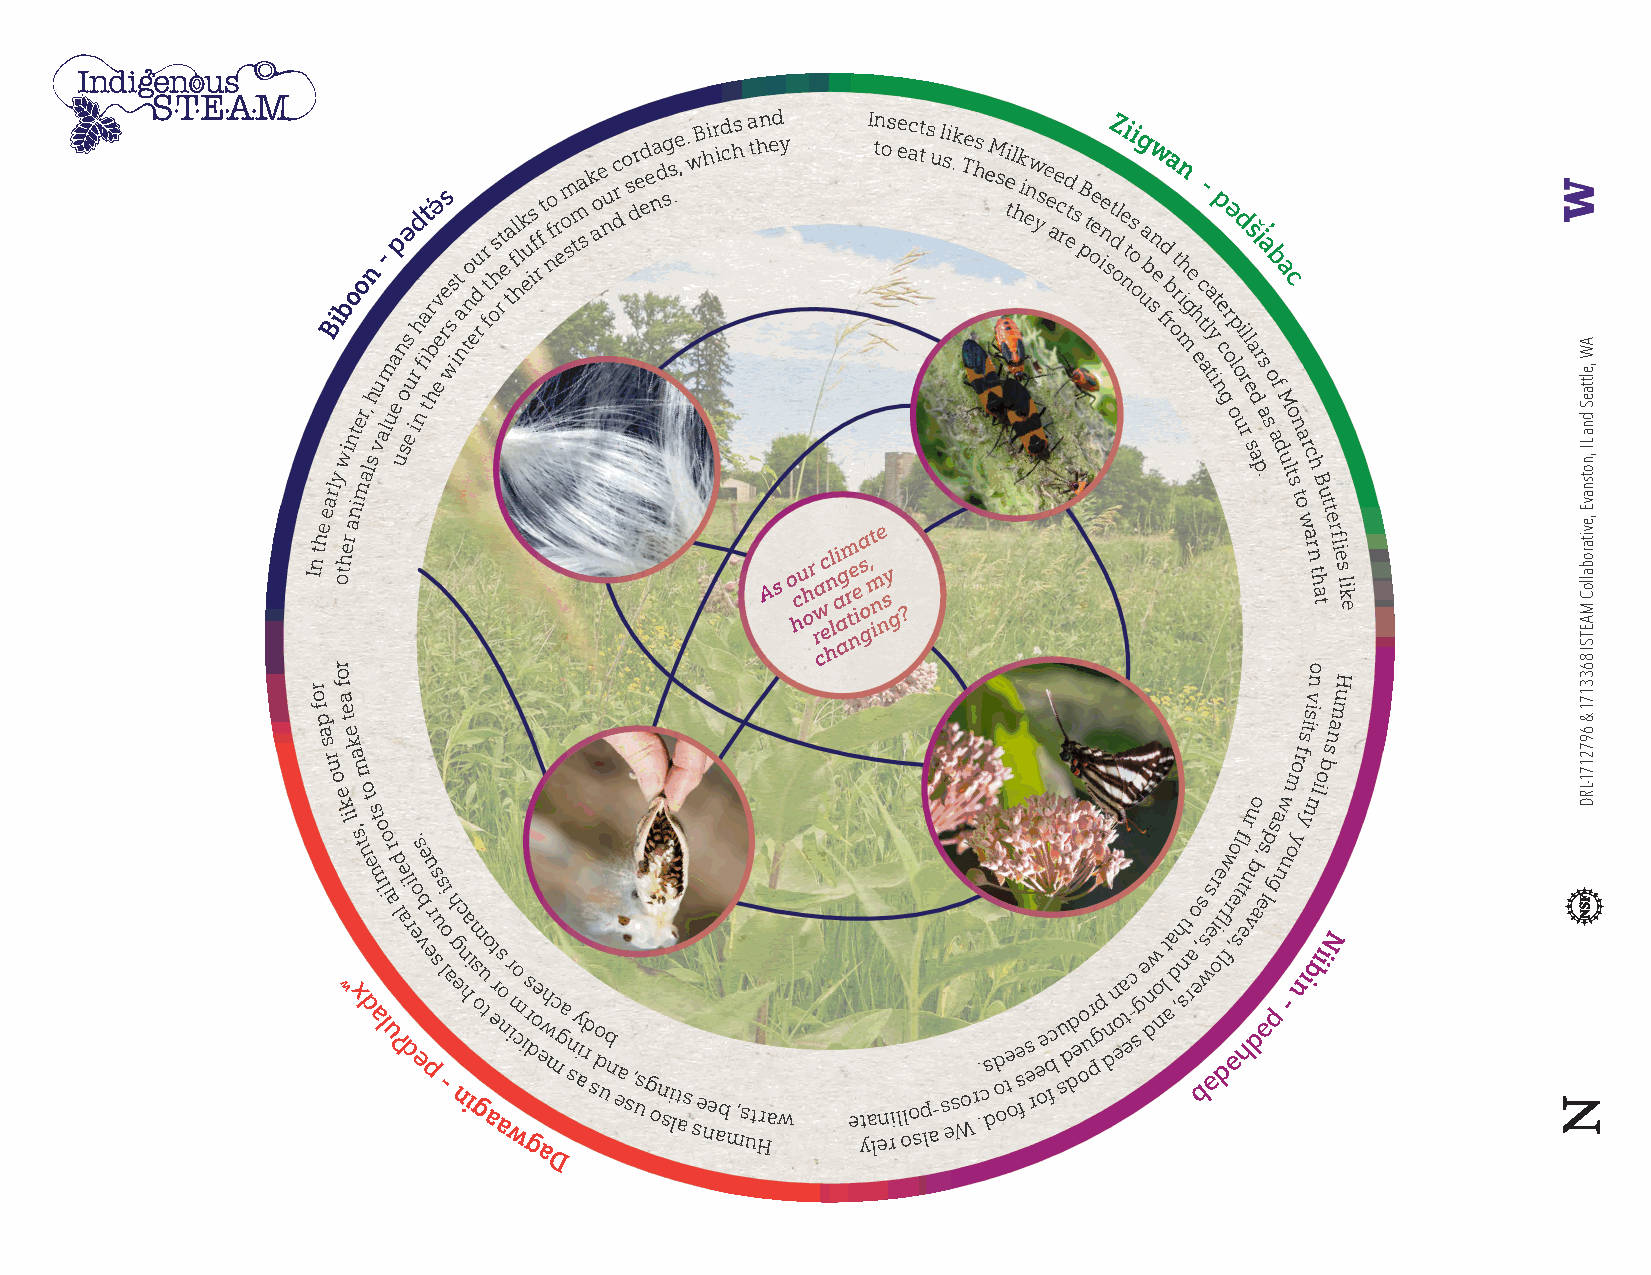
Biboon
 h
 u- map
 n
 osə
 u
 r
 hd fiat̕ r
 hb
 eə ev res wss it a
 n
 tno erdu r ft ohs rt e ta fl hlk eu is f r f t f no r eom stm sa k aoe nu rc d o s dr ed ee na dg ss . e , . w B hir id chs a thn ed y I tn os ee ac tt s u l sik . Te hs eM se til h k i enw yse e ae c rd ets pB t oee ine st dZ ol e ni t osi og ua b sw n e fd b ra ortn mh i ge
 h
 e
 c
 t
 a-
 l
 ta
 y
 ip t
 n
 e cə
 or p
 l
 od
 i rl
 es
 l a
 i r̓ a
 s
 b
 o
 fa c
 er, ue
 n
 t                                                   g od aM
 o
 In the
 early othw eri an nt imals val use i
 A s o hcu h or rwa cc
 e
 hl n li a
 a
 agm r
 t
 ne ie a s
 o
 g, mt ine
 n
 sy
 g ?
 u r s a p . s a d u l t s n
 t
 oa wr ac
 r
 nh
 t h
 aB
 t
 u
 t
 t
 e
 r f lie s lik
 e
 r                                                               o
 r
 o
 f
 p
 ao
 f
 a
 e
 t
 e
 stisiv
 n namuH
 s r u o
 e k i
 ʷlk ,a xsm
 t n
 do t
 e
 s amt o
 llo i ur a d ʔl ae dl ri e o. es vbe pe u r ss u s -o li a h g nec n ha ii m gs ou to a et r as o n r wimo c is gr doe e awh mc ga n s y aid r s o d ub n ea s , usg on si lt as se ne ab
 m
 ,s ut Hraw e yta len ri l olo sp la- s es Wo r . .c ds d o ote o e s f es r e oe fbc su d dd e oo ur pg p n dn o ea t e-c s ge n dw o nlt aa d ,h snt rao e, bs s ws e ər i ole l df frw , əo el
 stf
 t e
 hr uu
 vb
 do
 a, es əl
 ps
 g
 pa nw
 - u
 m oo yr f
 n
 iym
 b
 l
 iio ib s
 N
 D
 AW
 ,elttaeS
 dna
 LI ,notsnavE
 ,evitaroballoC
 MAETSI
 8633171
 &
 6972171-LRD